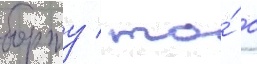
борту / то́ с